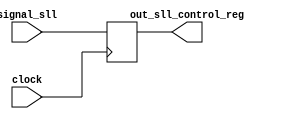
`timescale 1ps / 1ps
//////////////////////////////////////////////////////////////////////////////////
// Company: 
// Engineer: 
// 
// Design Name: 
// Module Name: sll_control_ID_EX_stage
// Project Name: 
// Target Devices: 
// Tool Versions: 
// Description: 
// 
// Dependencies: 
// 
// Revision:
// Revision 0.01 - File Created
// Additional Comments:
// 
//////////////////////////////////////////////////////////////////////////////////


module sll_control_ID_EX_stage(input signal_sll,input clock,output reg out_sll_control_reg);

always@(posedge clock)
out_sll_control_reg=signal_sll;
endmodule